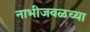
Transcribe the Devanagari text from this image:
नाभीजवळच्या